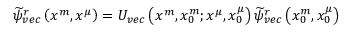
\begin{array} { r } { \widetilde { \psi } _ { v e c } ^ { r } \left( x ^ { m } , x ^ { \mu } \right) = U _ { v e c } \left( x ^ { m } , x _ { 0 } ^ { m } ; x ^ { \mu } , x _ { 0 } ^ { \mu } \right) \widetilde { \psi } _ { v e c } ^ { r } \left( x _ { 0 } ^ { m } , x _ { 0 } ^ { \mu } \right) } \end{array}